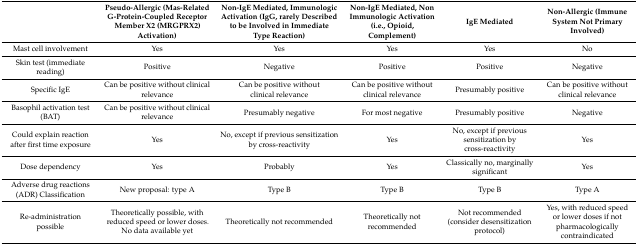
|  | Pseudo-Allergic (Mas-Related G-Protein-Coupled Receptor Member X2 (MRGPRX2) Activation) | Non-IgE Mediated, Immunologic Activation (IgG, rarely Described to be Involved in Immediate Type Reaction) | Non-IgE Mediated, Non Immunologic Activation (i.e., Opioid, Complement) | IgE Mediated | Non-Allergic (Immune System Not Primary Involved) |
 | --- | --- | --- | --- | --- | --- |
 | Mast cell involvement | Yes | Yes | Yes | Yes | No |
 | Skin test (immediate reading) | Positive | Negative | Positive | Positive | Negative |
 | Specific IgE | Can be positive without clinical relevance | Can be positive without clinical relevance | Can be positive without clinical relevance | Presumably positive | Can be positive without clinical relevance |
 | Basophil activation test (BAT) | Can be positive without clinical relevance | Presumably negative | For most negative | Presumably positive | Negative |
 | Could explain reaction after first time exposure | Yes | No, except if previous sensitization by cross-reactivity | Yes | No, except if previous sensitization by cross-reactivity | Yes |
 | Dose dependency | Yes | Probably | Yes | Classically no, marginally significant | Yes |
 | Adverse drug reactions (ADR) Classification | New proposal: type A | Type B | Type B | Type B | Type A |
 | Re-administration possible | Theoretically possible, with reduced speed or lower doses. No data available yet | Theoretically not recommended | Theoretically not recommended | Not recommended (consider desensitization protocol) | Yes, with reduced speed or lower doses if not pharmacologically contraindicated |